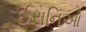
ઈરાનિઓ